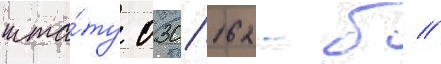
шта́ту 030/ 162-б //